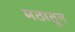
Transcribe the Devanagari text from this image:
मठातून